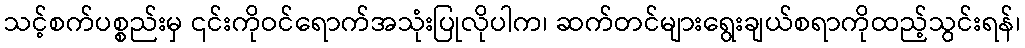
သင့်စက်ပစ္စည်းမှ ၎င်းကိုဝင်ရောက်အသုံးပြုလိုပါက၊ ဆက်တင်များရွေးချယ်စရာကိုထည့်သွင်းရန်၊